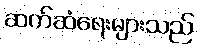
ဆက်ဆံရေးများသည်